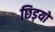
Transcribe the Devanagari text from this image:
छिड़यों